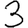
Digit: 3